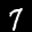
Label: 7